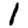
Digit: 1